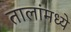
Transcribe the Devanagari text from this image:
तालांमध्ये